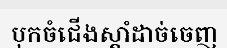
បុកចំជើងស្តាំដាច់ចេញ